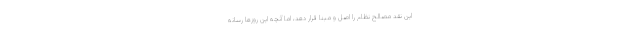
این نقد مصالح نظام را اصل و مبنا قرار دهد، اما آنچه این روزها رسانه